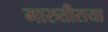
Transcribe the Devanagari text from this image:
मारुतीराया